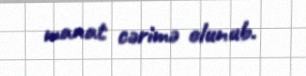
manat cərimə olunub.